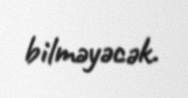
bilməyəcək.